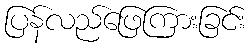
ပြန်လည်ဖြေကြားခြင်း